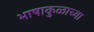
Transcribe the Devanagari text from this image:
भाषाकुळाच्या